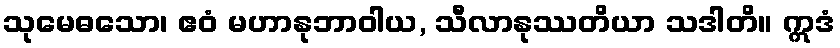
သုမေဓသော၊ ဧဝံ မဟာနုဘာဝါယ, သီလာနုဿတိယာ သဒါတိ။ ဣဒံ